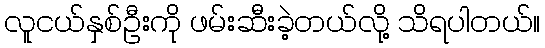
လူငယ်နှစ်ဦးကို ဖမ်းဆီးခဲ့တယ်လို့ သိရပါတယ်။